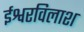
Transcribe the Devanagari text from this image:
ईश्वरविलाश